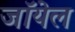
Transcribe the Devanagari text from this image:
जॉयेल